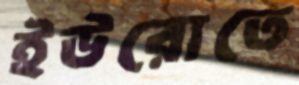
ইউরোতে